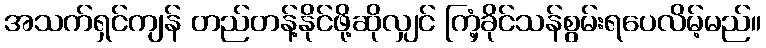
အသက်ရှင်ကျန် တည်တန့်နိုင်ဖို့ဆိုလျှင် ကြံ့ခိုင်သန်စွမ်းရပေလိမ့်မည်။